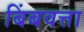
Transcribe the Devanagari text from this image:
बिंबवत्ता